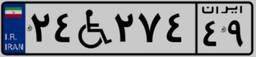
۵۲W۳۲۳۷۱